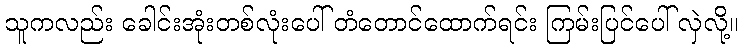
သူကလည်း ခေါင်းအုံးတစ်လုံးပေါ် တံတောင်ထောက်ရင်း ကြမ်းပြင်ပေါ် လှဲလို့။